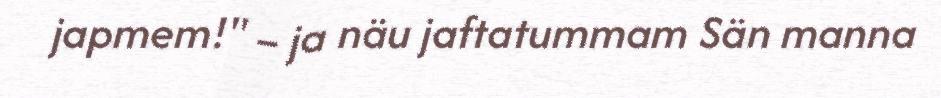
japmem!" – ja näu jaftatummam Sän manna